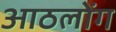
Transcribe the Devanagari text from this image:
आठलोंग